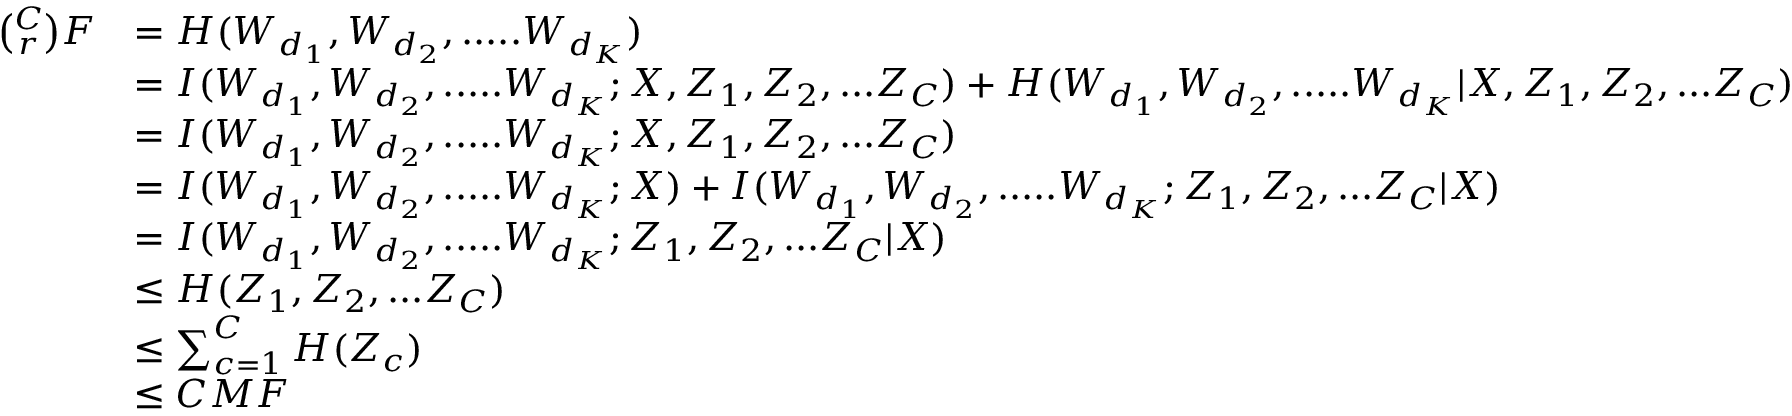
\begin{array} { r l } { \binom { C } { r } F } & { = H ( W _ { d _ { 1 } } , W _ { d _ { 2 } } , . . . . . W _ { d _ { K } } ) } \\ & { = I ( W _ { d _ { 1 } } , W _ { d _ { 2 } } , . . . . . W _ { d _ { K } } ; X , Z _ { 1 } , Z _ { 2 } , . . . Z _ { C } ) + H ( W _ { d _ { 1 } } , W _ { d _ { 2 } } , . . . . . W _ { d _ { K } } | X , Z _ { 1 } , Z _ { 2 } , . . . Z _ { C } ) } \\ & { = I ( W _ { d _ { 1 } } , W _ { d _ { 2 } } , . . . . . W _ { d _ { K } } ; X , Z _ { 1 } , Z _ { 2 } , . . . Z _ { C } ) } \\ & { = I ( W _ { d _ { 1 } } , W _ { d _ { 2 } } , . . . . . W _ { d _ { K } } ; X ) + I ( W _ { d _ { 1 } } , W _ { d _ { 2 } } , . . . . . W _ { d _ { K } } ; Z _ { 1 } , Z _ { 2 } , . . . Z _ { C } | X ) } \\ & { = I ( W _ { d _ { 1 } } , W _ { d _ { 2 } } , . . . . . W _ { d _ { K } } ; Z _ { 1 } , Z _ { 2 } , . . . Z _ { C } | X ) } \\ & { \leq H ( Z _ { 1 } , Z _ { 2 } , . . . Z _ { C } ) } \\ & { \leq \sum _ { c = 1 } ^ { C } H ( Z _ { c } ) } \\ & { \leq C M F } \end{array}